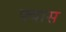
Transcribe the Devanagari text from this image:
फ्यास